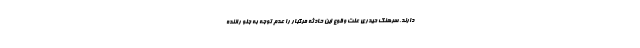
دارند. سرهنگ حیدری علت وقوع این حادثه مرگبار را عدم توجه به جلو راننده